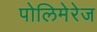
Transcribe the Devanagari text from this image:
पोलिमेरेज